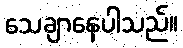
သေချာနေပါသည်။